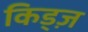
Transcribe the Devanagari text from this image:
किड्ज़